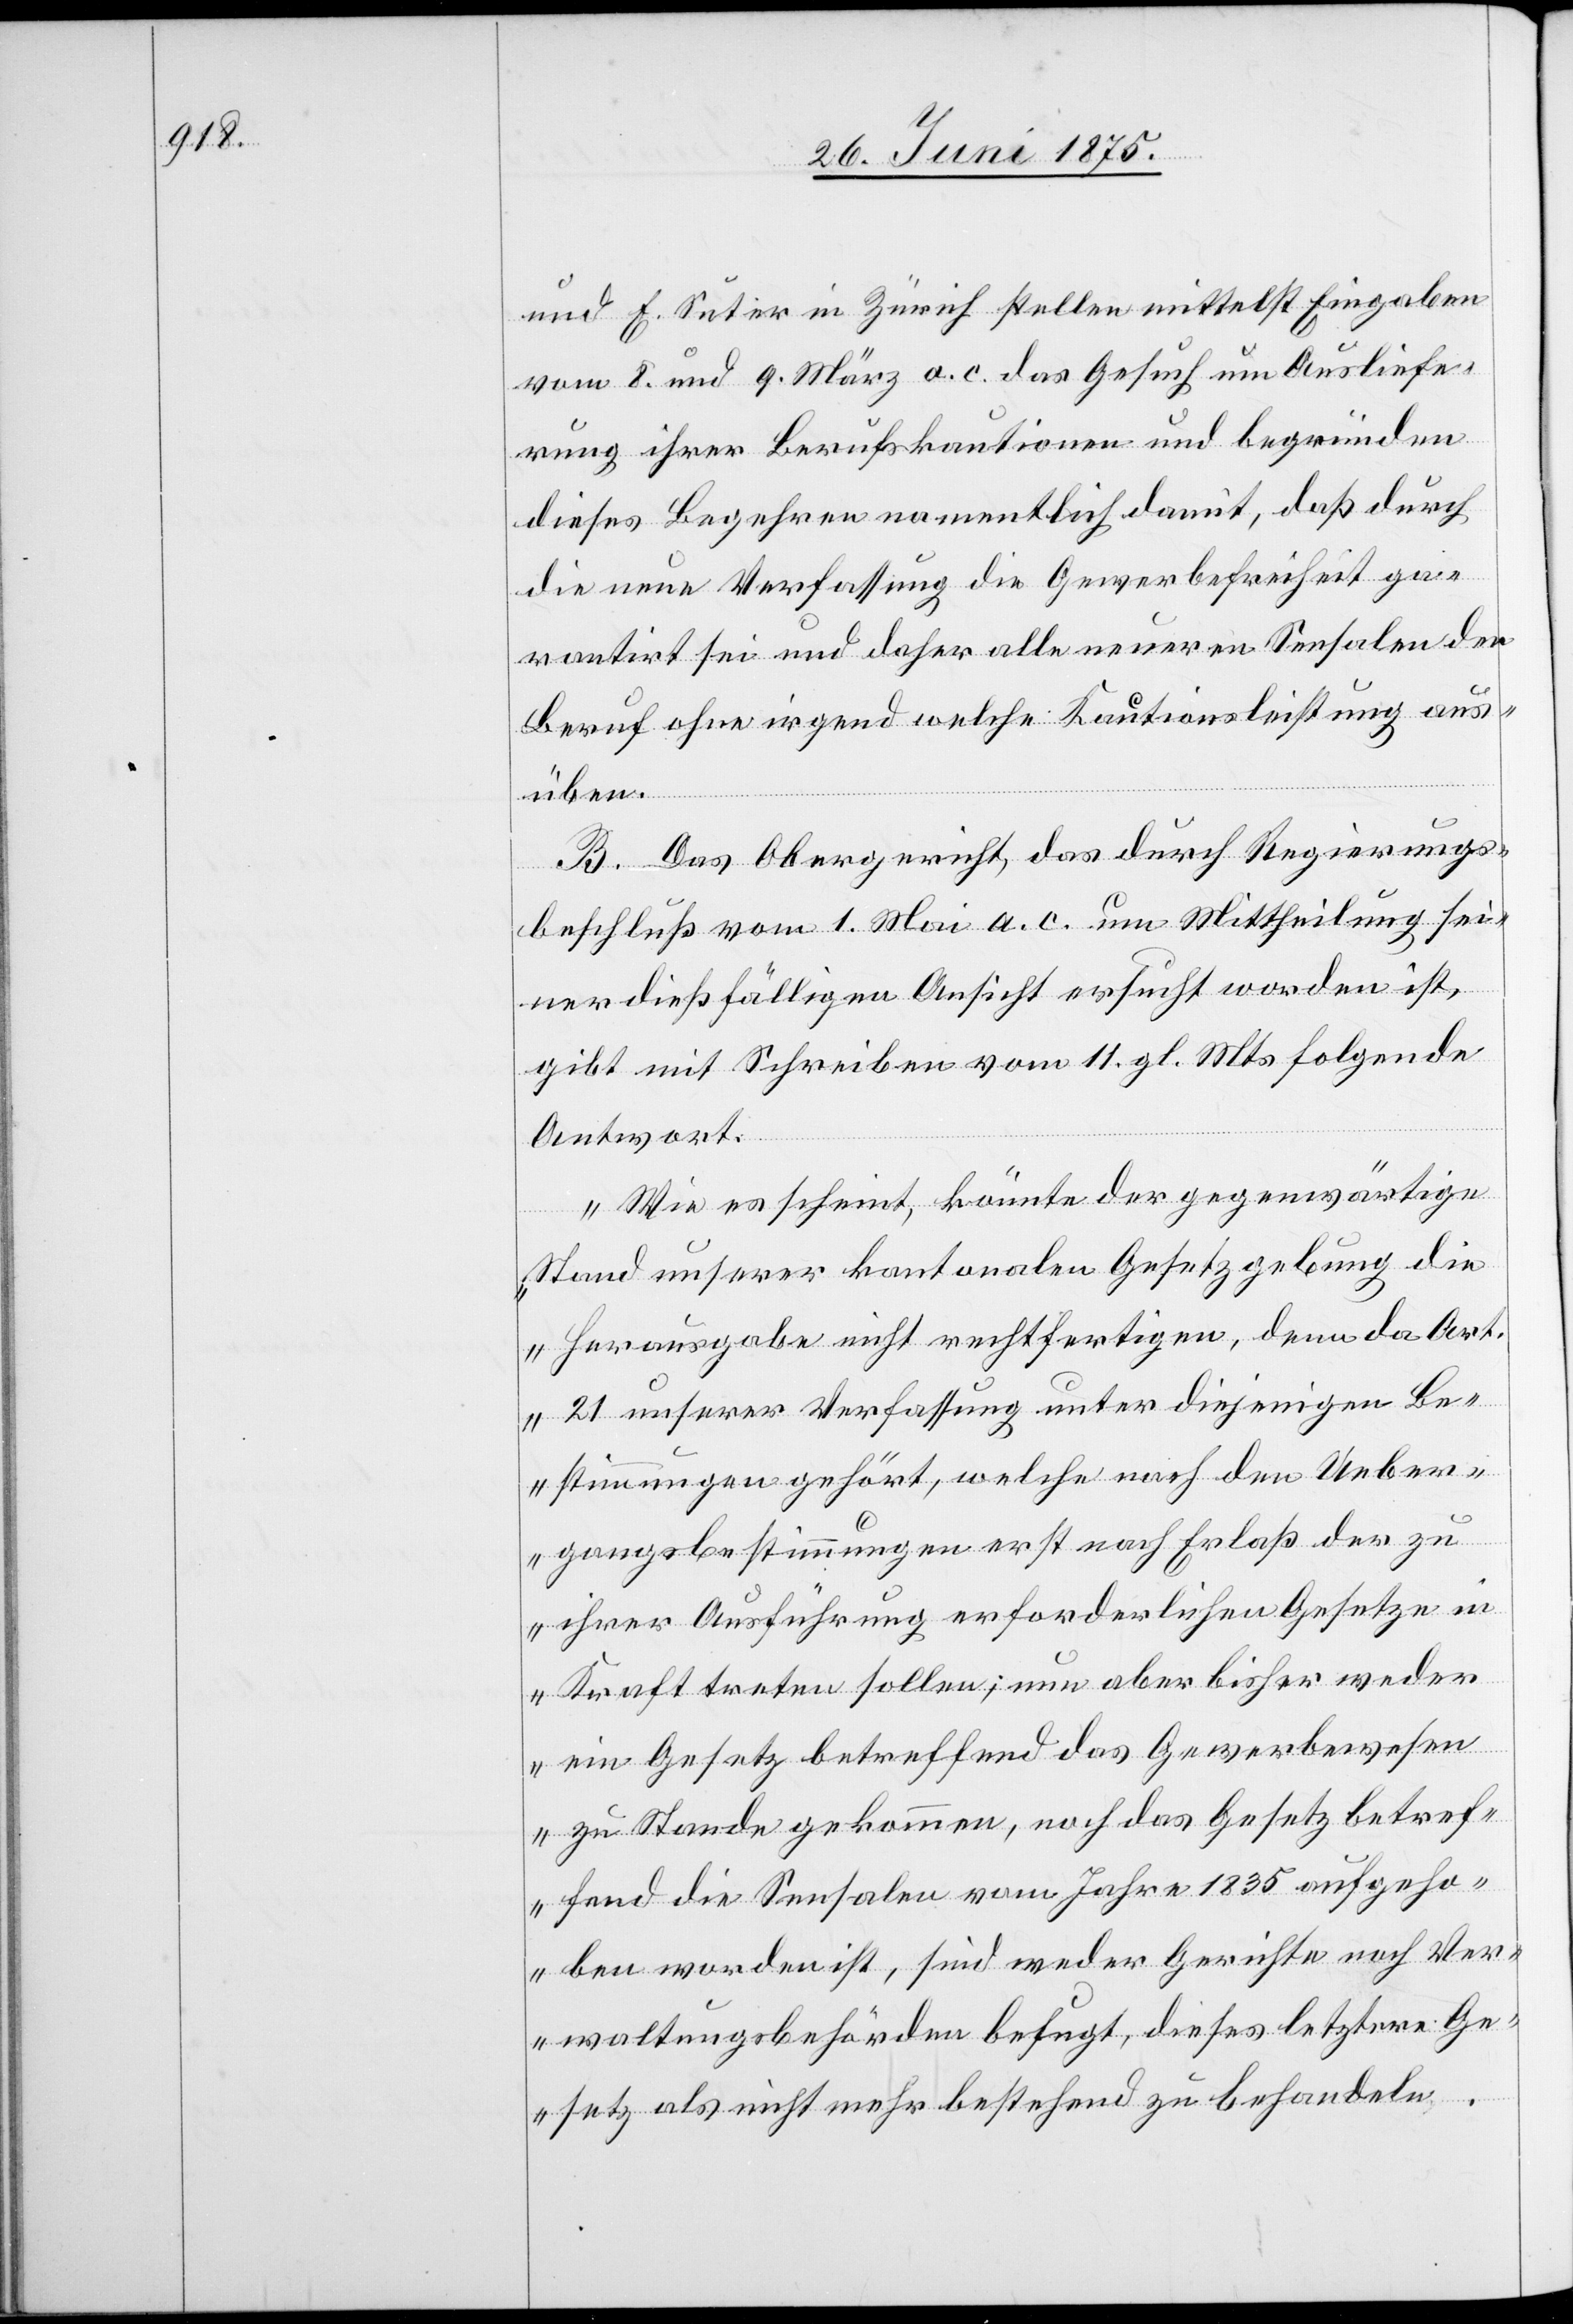
und F. Suter in Zürich stellen mittelst Eingaben
vom 8. und 9. März a. c. das Gesuch um Ausliefe¬
rung ihrer Berufskautionen und begründen
dieses Begehren namentlich damit, daß durch
die neue Verfassung die Gewerbefreiheit ga¬
rantirt sei und daher alle neueren Sensalen den
Beruf ohne irgendwelche Kautionsleistung aus¬
üben.
B. Das Obergericht, das durch Regierungs¬
beschluß vom 1. Mai a. c. um Mittheilung sei¬
ner dießfälligen Ansicht ersucht worden ist,
gibt mit Schreiben vom 11. gl. Mts. folgende
Antwort.
„ Wie es scheint, könnte der gegenwärtige
Stand unserer kantonalen Gesetzgebung die
Herausgabe nicht rechtfertigen, denn da Art.
21 unserer Verfassung unter diejenigen Be¬
stimmungen gehört, welche nach den Ueber¬
gangsbestimmungen erst nach Erlaß der zu
ihrer Ausführung erforderlichen Gesetze in
Kraft treten sollen, nun aber bisher weder
ein Gesetz betreffend das Gewerbewesen
zu Stande gekommen, noch das Gesetz betref¬
fend die Sensalen vom Jahre 1835 aufgeho¬
ben worden ist, sind weder Gerichte noch Ver¬
waltungsbehörden befugt, dieses letztere Ge¬
setz als nicht mehr bestehend zu behandeln.